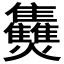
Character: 𤓪